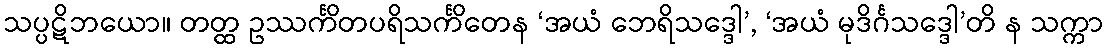
သပ္ပဋိဘယော။ တတ္ထ ဥဿင်္ကိတပရိသင်္ကိတေန ‘အယံ ဘေရိသဒ္ဒေါ’, ‘အယံ မုဒိင်္ဂသဒ္ဒေါ’တိ န သက္ကာ